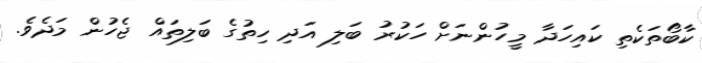
ކާބޯތަކެތި ކައިހަދާ މީހުންނަށް ހަކުރު ބަލި އަދި ހިތުގެ ބަލިތައް ޖެހުން މަދެވެ.